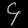
Digit: ၄